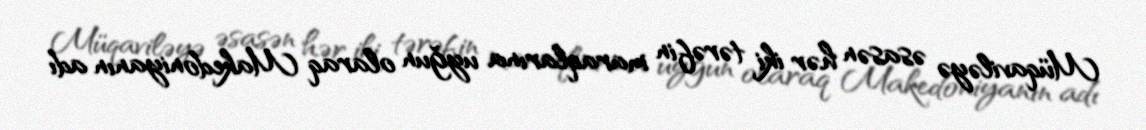
Müqaviləyə əsasən hər iki tərəfin maraqlarına uyğun olaraq Makedoniyanın adı